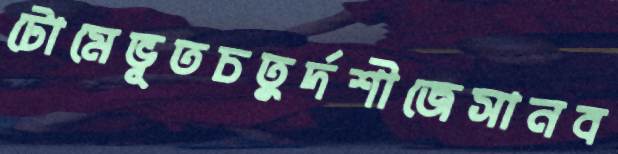
টোমেভূতচতুর্দশীজেসানব